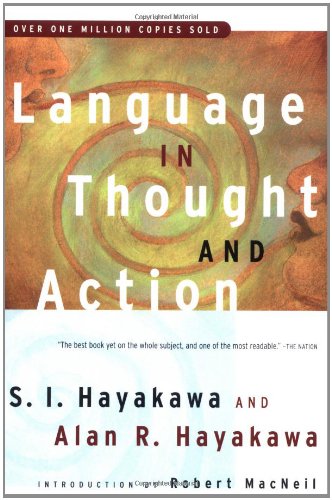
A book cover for Language in Thought and Action: Fifth Edition; S.I. Hayakawa; Politics & Social Sciences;